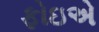
ફોઇએ